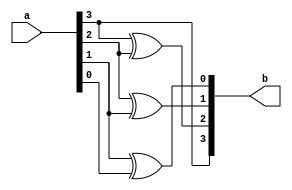
module bcdtogray (a, b);
	input [3:0]a;
	output [3:0]b;
	
	assign b[3] = a[3];
	assign b[2] = a[3]^a[2];
	assign b[1] = a[2]^a[1];
	assign b[0] = a[1]^a[0];
endmodule